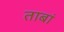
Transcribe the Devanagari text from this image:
ताबां